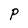
Character: P